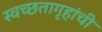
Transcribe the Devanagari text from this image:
स्वच्छतागृहांची